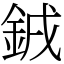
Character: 銊